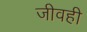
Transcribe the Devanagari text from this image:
जीवही